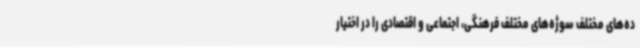
ده‌های مختلف سوژه‌های مختلف فرهنگی، اجتماعی و اقتصادی را در اختیار